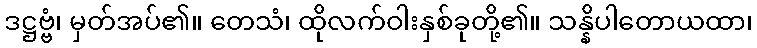
ဒဋ္ဌဗ္ဗံ၊ မှတ်အပ်၏။ တေသံ၊ ထိုလက်ဝါးနှစ်ခုတို့၏။ သန္နိပါတောယထာ၊